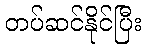
တပ်ဆင်နိုင်ပြီး